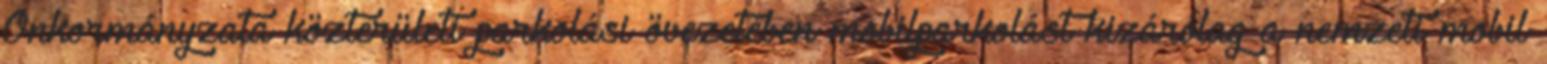
Önkormányzata közterületi parkolási övezetében mobilparkolást kizárólag a nemzeti mobil